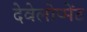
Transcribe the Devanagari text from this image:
देवेलोप्मेंट